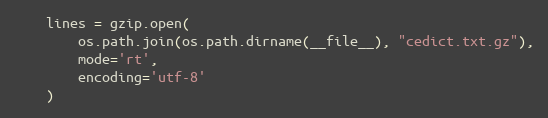
Language: Python
    lines = gzip.open(
        os.path.join(os.path.dirname(__file__), "cedict.txt.gz"),
        mode='rt',
        encoding='utf-8'
    )